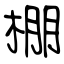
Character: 棚